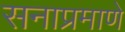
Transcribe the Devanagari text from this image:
सनाप्रमाणे